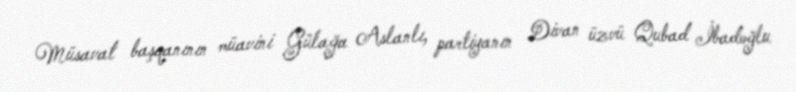
Müsavat başqanının müavini Gülağa Aslanlı, partiyanın Divan üzvü Qubad İbadoğlu